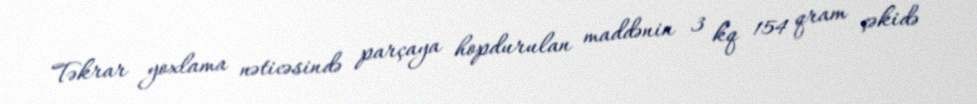
Təkrar yoxlama nəticəsində parçaya hopdurulan maddənin 3 kq 154 qram çəkidə